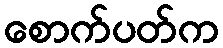
စောက်ပတ်က